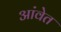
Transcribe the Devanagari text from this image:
आंवेत